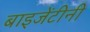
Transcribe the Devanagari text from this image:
बाइजेंटीनी